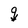
Character: q